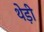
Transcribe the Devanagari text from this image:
थेड़ी